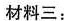
材料三：